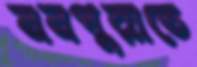
মনপুরাতে